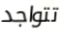
تتواجد